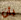
بأن